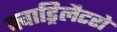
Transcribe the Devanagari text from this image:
क्वाड्रिलैटरो